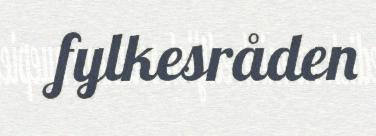
fylkesråden